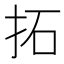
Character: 拓